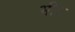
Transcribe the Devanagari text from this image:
भीट